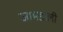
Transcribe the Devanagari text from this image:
जामडाली